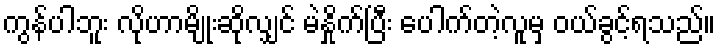
ကွန်ပါဘူး လိုဟာမျိုးဆိုလျှင် မဲနှိုက်ပြီး ပေါက်တဲ့လူမှ ဝယ်ခွင့်ရသည်။